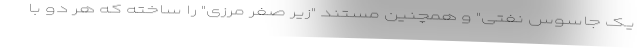
یک جاسوس نفتی" و همچنین مستند "زیر صفر مرزی" را ساخته که هر دو با